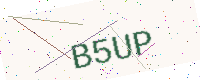
Text: B5UP